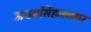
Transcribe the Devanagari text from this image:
ऊधमसिंहननगर